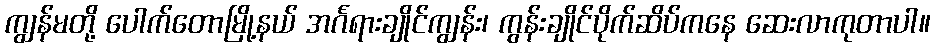
ကျွန်မတို့ ပေါက်တောမြို့နယ် အင်္ဂရားချိုင်ကျွန်း၊ ကွန်းချိုင်ပိုက်ဆိပ်ကနေ ဆေးလာကုတာပါ။